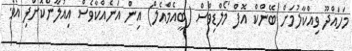
މަހައްދޫ ވިއްކާލުމަށް ބޭންކް އޮފް މޯލްޑިވްސް (ބީއެމްއެލް) އިން އަނެއްކާވެސް އިއުލާންކޮށްފި އެވެ.